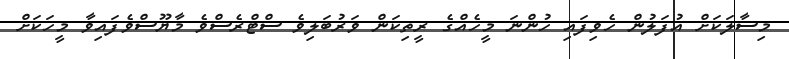
މިސާލަކަށް އުފަލުން ހެވިފައި ހުންނަ މީހެއްގެ ރީތިކަން ވަރުބަލިވެ ސްޓްރެސްވެ މާޔޫސްވެފައިވާ މީހަކަށް